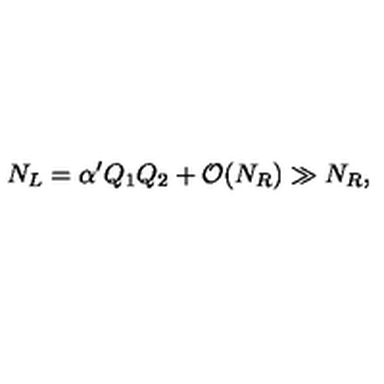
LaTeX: N _ { L } = \alpha ^ { \prime } Q _ { 1 } Q _ { 2 } + { \cal O } ( N _ { R } ) \gg N _ { R } ,